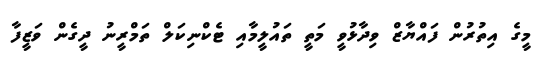
މީގެ އިތުރުން ފައްޔާޒް ވިދާޅުވީ މަތީ ތައުލީމާއި ޓެކްނިކަލް ތަމްރީނު ދީގެން ވަޒީފާ